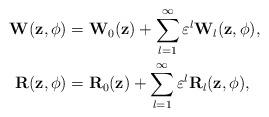
LaTeX: \begin{align*}\mathbf{W}(\mathbf{z},\mathbf{\phi})&=\mathbf{W}_0(\mathbf{z})+\sum_{l=1}^{\infty} \varepsilon^l \mathbf{W}_l(\mathbf{z},\mathbf{\phi}),\\\mathbf{R}(\mathbf{z},\mathbf{\phi})&=\mathbf{R}_0(\mathbf{z})+\sum_{l=1}^{\infty}\varepsilon^l \mathbf{R}_l(\mathbf{z},\mathbf{\phi}),\end{align*}